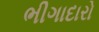
ભીગાદારો